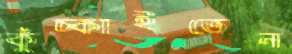
কুঁচ্‌কাইতেন